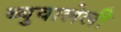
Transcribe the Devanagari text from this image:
ब्युवालेली